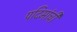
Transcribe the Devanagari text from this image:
पदिमांची